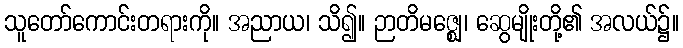
သူတော်ကောင်းတရားကို။ အညာယ၊ သိ၍။ ဉာတိမဇ္ဈေ၊ ဆွေမျိုးတို့၏ အလယ်၌။